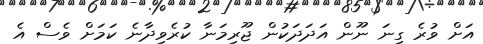
އަށް ވުރެ ގިނަ ނޫން އަދަދަކުން ޖޫރިމަނާ ކުރެވިދާނެ ކަމަށް ވެސް އެ